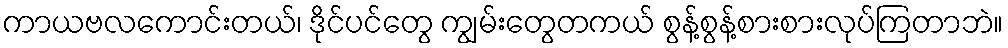
ကာယဗလကောင်းတယ်၊ ဒိုင်ပင်တွေ ကျွမ်းတွေတကယ် စွန့်စွန့်စားစားလုပ်ကြတာဘဲ။